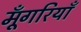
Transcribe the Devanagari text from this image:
मूँगरियाँ